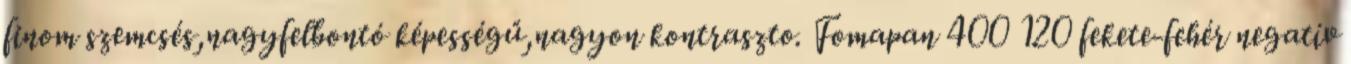
finom szemcsés,nagyfelbontó képességű,nagyon kontraszto. Fomapan 400 120 fekete-fehér negatív